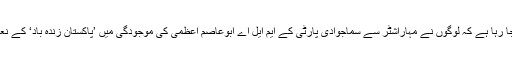
دعوی کیا جا رہا ہے کہ لوگوں نے مہاراشٹر سے سماجوادی پارٹی کے ایم ایل اے ابوعاصم اعظمی کی موجودگی میں ’پاکستان زندہ باد‘ کے نعرے لگائے۔